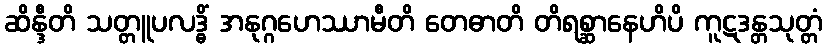
ဆိန္ဒီတိ သတ္တူပလဒ္ဓိံ အနုဂ္ဂဟေဿာမီတိ တေဓာတိ တိရစ္ဆာနေဟိပိ ကူဋဒန္တသုတ္တံ